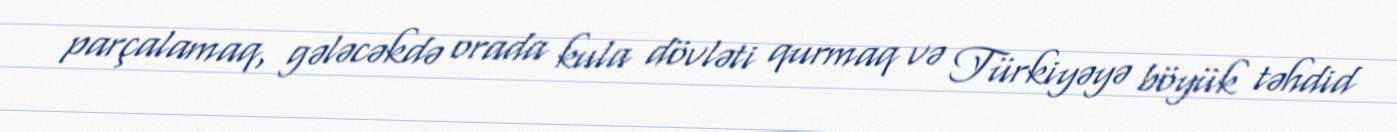
parçalamaq, gələcəkdə orada kula dövləti qurmaq və Türkiyəyə böyük təhdid